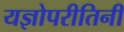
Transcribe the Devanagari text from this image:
यज्ञोपरीतिनी